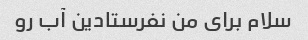
سلام برای من نفرستادین آب رو